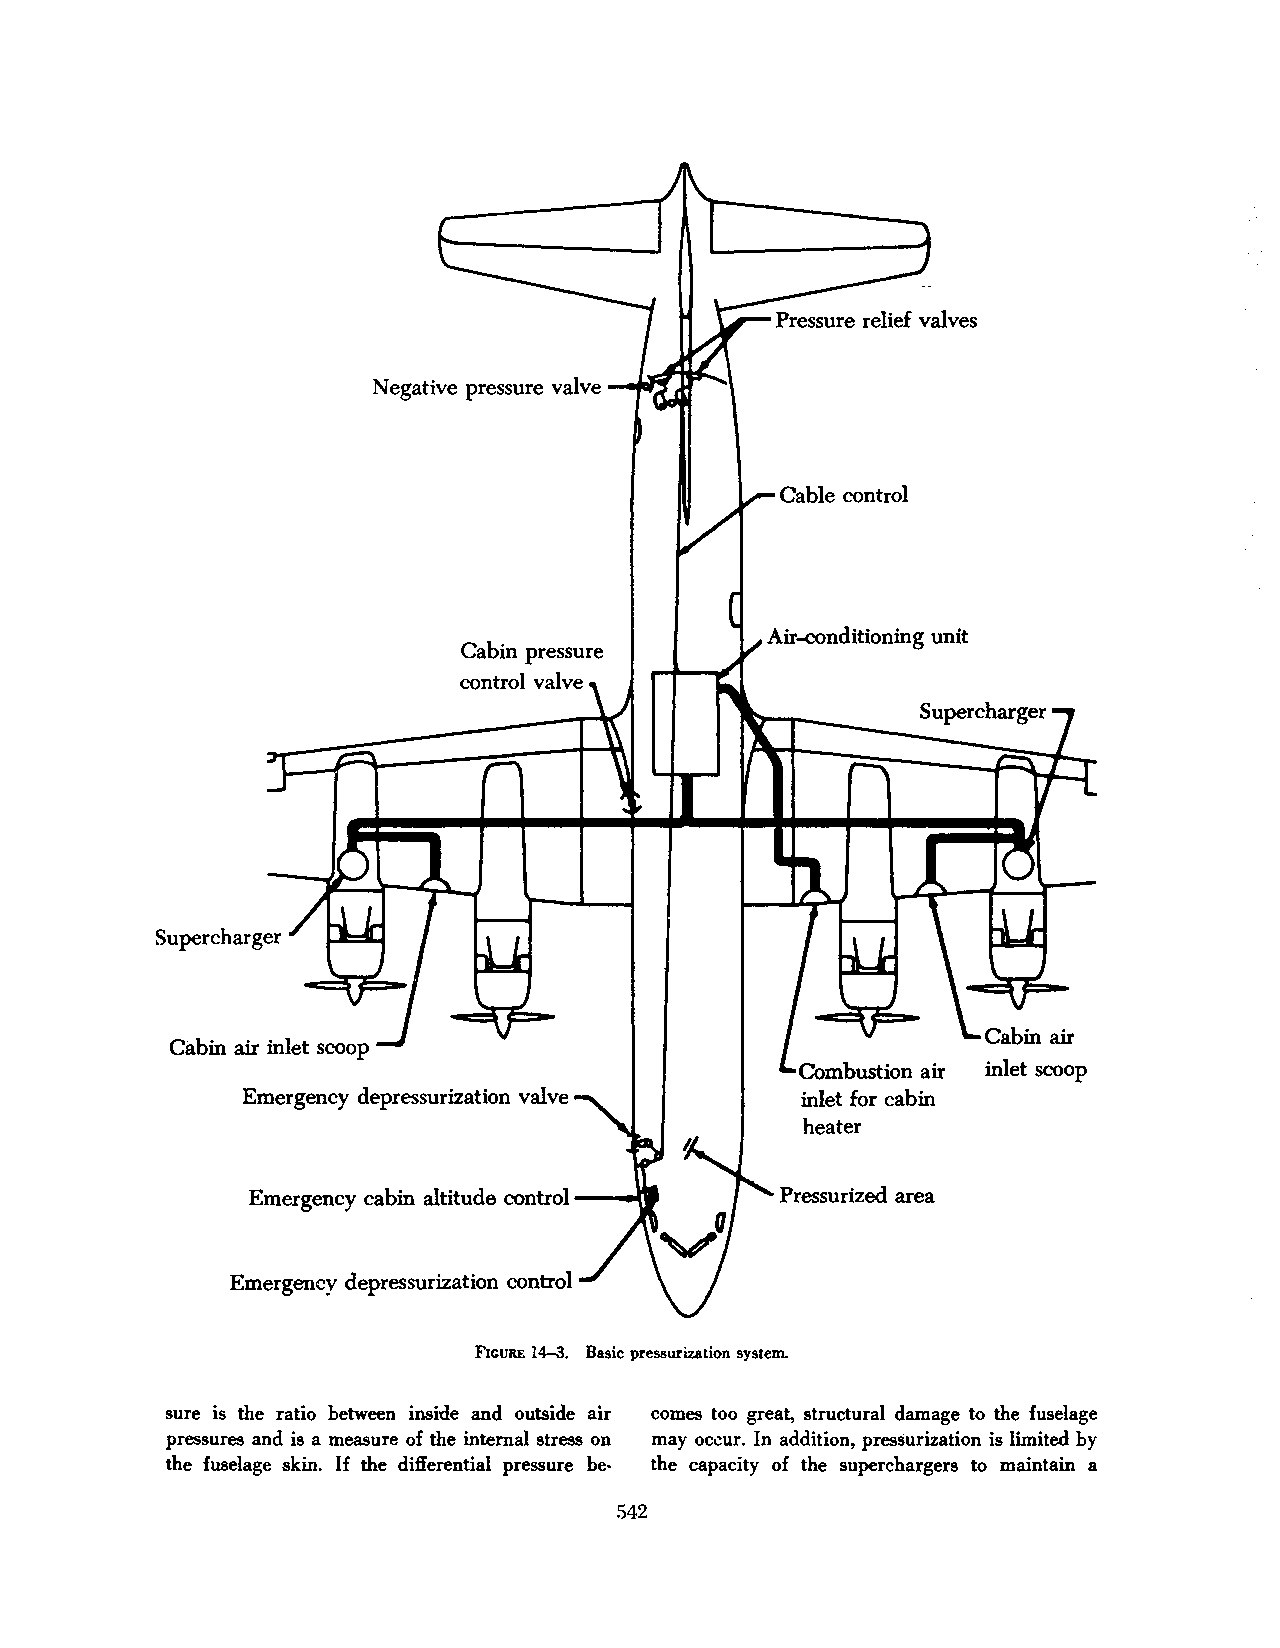
Negative pressure valve
 Air-conditioning unit
 Cabin pressure
 control valve
 Cabin air inlet scoop
 Combustion air
 Emergency depressurization valve     inlet for cabin
 heater
 Pressurized area
 Emergency depressurization control
 FIGURE 14-3. Basic pressurization system.
 sure is the ratio between inside and outside air comes too great, structural damage to the fuselage
 pressures and is a measure of the internal stress on may oc.::ur. In addition, pressurization is limited by
 the fuselage skin. If the differential pressure be- the capacity of the superchargers to maintain a
 542